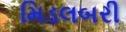
મિડલબરી